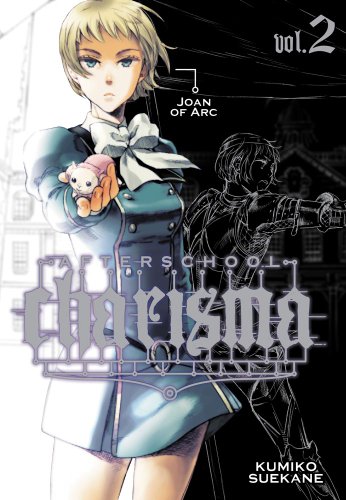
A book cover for Afterschool Charisma, Vol. 2; Kumiko Suekane; Comics & Graphic Novels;